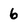
Character: 6